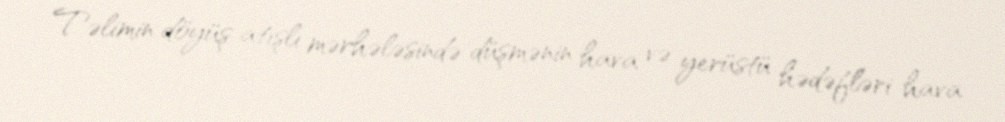
Təlimin döyüş atışlı mərhələsində düşmənin hava və yerüstü hədəfləri hava